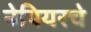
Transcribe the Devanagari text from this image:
नेपियरचे